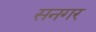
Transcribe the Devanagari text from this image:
सनगर